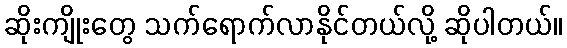
ဆိုးကျိုးတွေ သက်ရောက်လာနိုင်တယ်လို့ ဆိုပါတယ်။